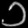
Digit: ၁